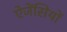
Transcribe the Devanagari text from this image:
ऐजेंसियों